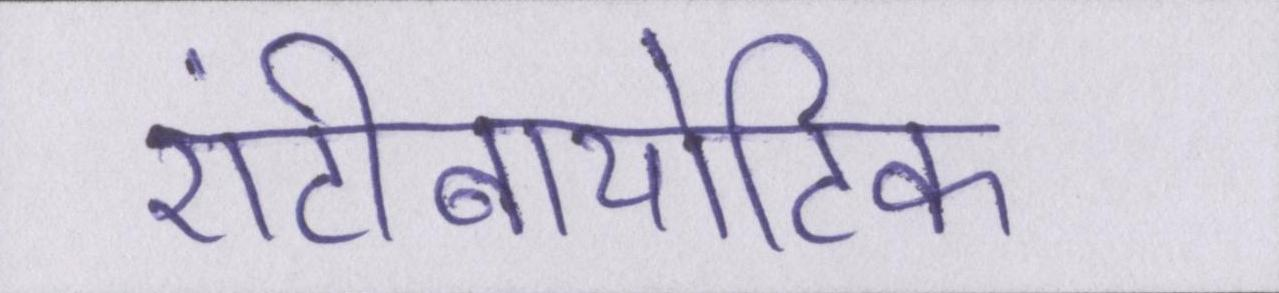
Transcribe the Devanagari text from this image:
एंटीबायोटिक